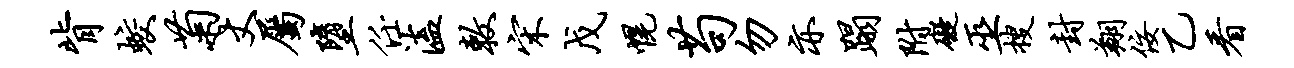
背蛟菊丈属堕任溘敕宋戊幌苟勿亦蹋附碍巫搜封翔佞乙看